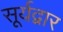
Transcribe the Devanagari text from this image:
सूर्यद्वार